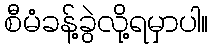
စီမံခန့်ခွဲလို့ရမှာပါ။